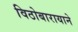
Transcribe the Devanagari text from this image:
विठोबारायाने